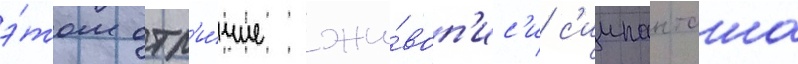
э́том отл'и́чие жи́воп'ис'и с'иипанташа